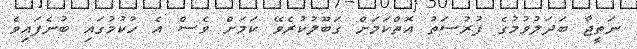
ނަތީޖާ ބަދަލުވުމުގެ ފުރުސަތު އޮތްކަމަށް ގަބޫލުކުރެވޭ ކަމަށް ވެސް އެ ހުކުމުގައި ބުނެފައިވެ